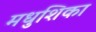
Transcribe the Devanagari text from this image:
मधुशिका